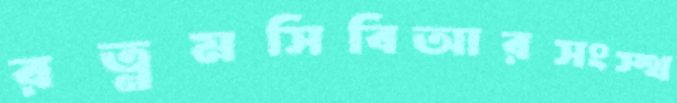
রত্নমসিবিআরসংস্থ